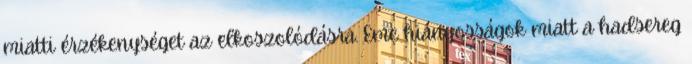
miatti érzékenységet az elkoszolódásra. Eme hiányosságok miatt a hadsereg